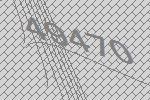
49470